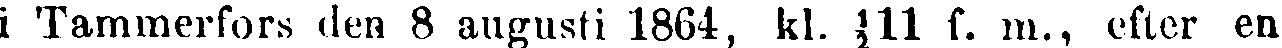
i Tammerfors den 8 augusti 1864, kl. ½11 s. m., efter en